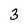
Character: 3